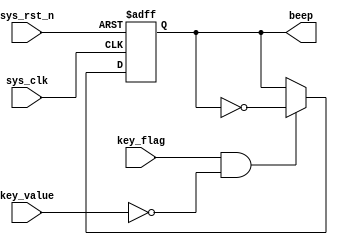
module beep_control(
    input           sys_clk,
    input           sys_rst_n,
    
    input           key_flag,
    input           key_value,
    output  reg     beep
);

always @ (posedge sys_clk or negedge sys_rst_n) begin
    if(!sys_rst_n)
        beep <= 1'd1;
    else begin 
        if(key_flag && (~key_value)) begin
            beep <= ~beep;
        end
    end
end

endmodule